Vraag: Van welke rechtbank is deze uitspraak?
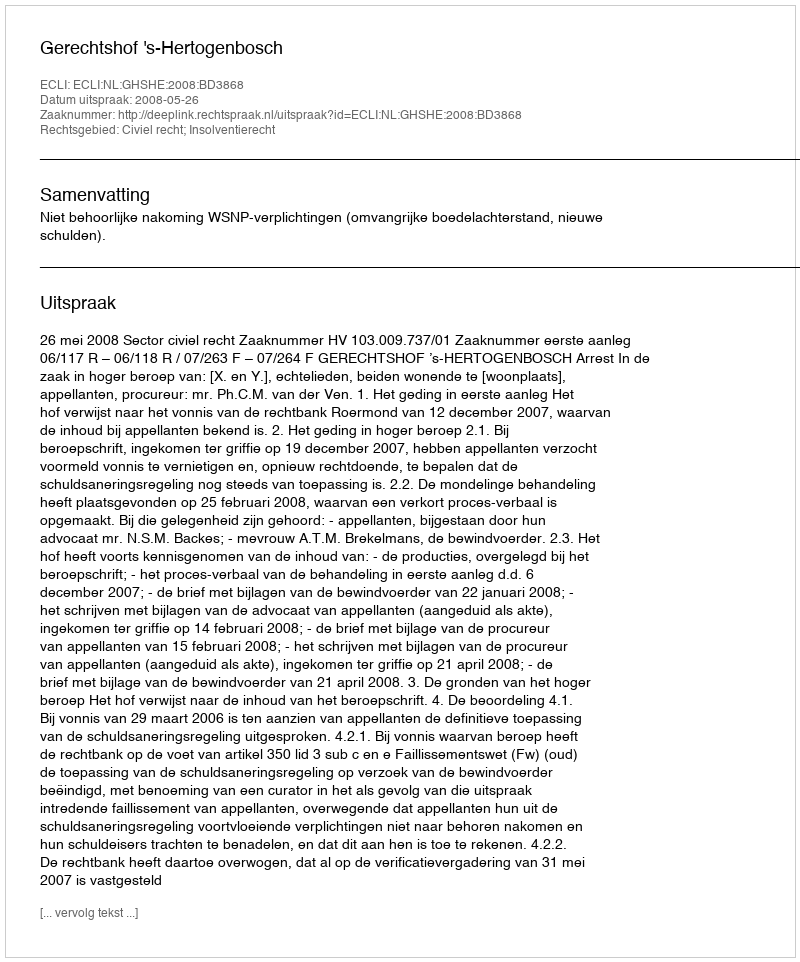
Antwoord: Gerechtshof 's-Hertogenbosch